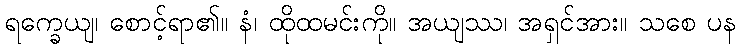
ရက္ခေယျ၊ စောင့်ရာ၏။ နံ၊ ထိုထမင်းကို။ အယျဿ၊ အရှင်အား။ သစေ ပန